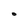
Character: O